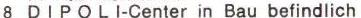
8  DIPOLI-Center in Bau befindlich